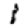
Digit: 1